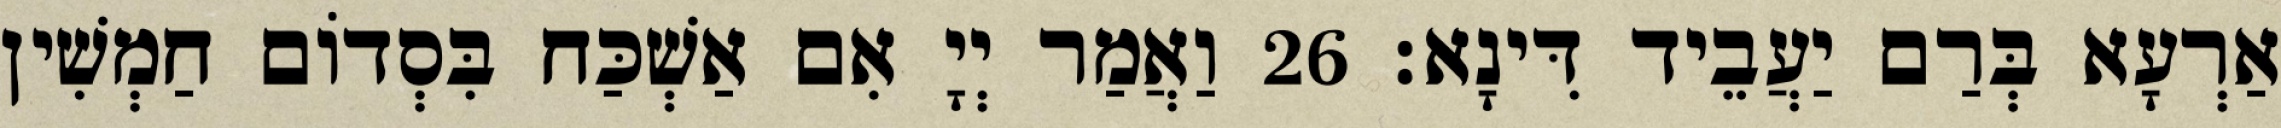
אַרְעָא בְּרַם יַעֲבֵיד דִּינָא׃ 26 וַאֲמַר יְיָ אִם אַשְׁכַּח בִּסְדוֹם חַמְשִׁין